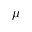
\mu